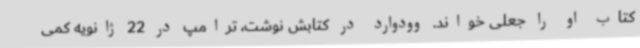
کتاب او را جعلی خواند. وودوارد در کتابش نوشت، ترامپ در 22 ژانویه کمی